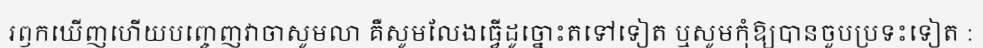
រឭកឃើញហើយបញ្ចេញវាចាសូមលា គឺសូមលែងធ្វើដូច្នោះតទៅទៀត ឬសូមកុំឱ្យបានចួបប្រទះទៀត :